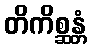
တိကိစ္ဆန္တံ